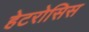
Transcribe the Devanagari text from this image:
हेटरोसिस